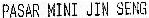
PASAR MINI JIN SENG